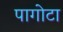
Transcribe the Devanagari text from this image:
पागोटा